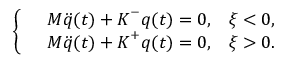
\left\lbrace \begin{array} { r l r } & { \boldsymbol { M } \ddot { \boldsymbol { q } } ( t ) + \boldsymbol { K } ^ { - } \boldsymbol { q } ( t ) = \boldsymbol { 0 } , } & { \xi < 0 , } \\ & { \boldsymbol { M } \ddot { \boldsymbol { q } } ( t ) + \boldsymbol { K } ^ { + } \boldsymbol { q } ( t ) = \boldsymbol { 0 } , } & { \xi > 0 . } \end{array} \right.